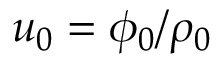
u _ { 0 } = \phi _ { 0 } / \rho _ { 0 }